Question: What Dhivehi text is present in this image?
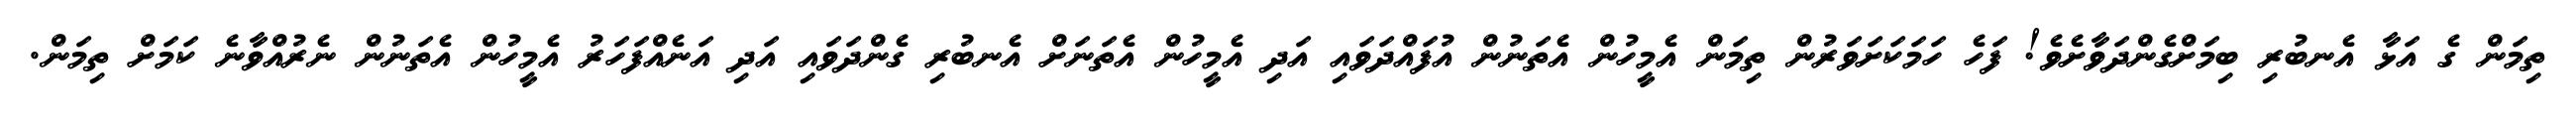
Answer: ތިމަން ގެ އަޅާ އެނބުރި ބިމަށްގެންދަވާށެވެ! ފަހެ ހަމަކަށަވަރުން ތިމަން އެމީހުން އެތަނުން އުފައްދަވައި އަދި އެމީހުން އެތަނަށް އެނބުރި ގެންދަވައި އަދި އަނެއްފަހަރު އެމީހުން އެތަނުން ނެރުއްވާނެ ކަމަށް ތިމަން.